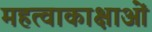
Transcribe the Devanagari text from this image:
महत्वाकाक्षाओं